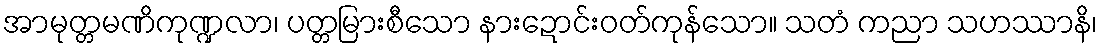
အာမုတ္တမဏိကုဏ္ဍလာ၊ ပတ္တမြားစီသော နားဍောင်းဝတ်ကုန်သော။ သတံ ကညာ သဟဿာနိ၊